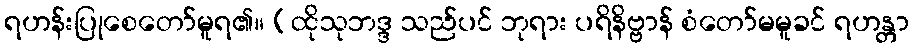
ရဟန်းပြုစေတော်မူရ၏။ (ထိုသုဘဒ္ဒ သည်ပင် ဘုရား ပရိနိဗ္ဗာန် စံတော်မမူခင် ရဟန္တာ